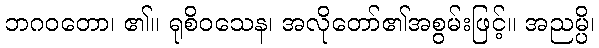
ဘဂဝတော၊ ၏။ ရုစိဝသေန၊ အလိုတော်၏အစွမ်းဖြင့်။ အညမ္ပိ၊